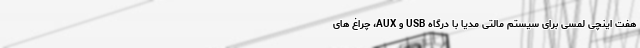
هفت اینچی لمسی برای سیستم مالتی مدیا با درگاه USB و AUX، چراغ های